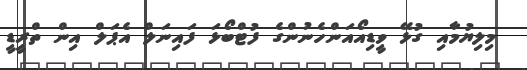
މިލިޔުމާއި ގުޅޭ ވީޑިއޯއަންހެނުންގެ ފުޓްބޯޅަ ފައިނަލް އެޕަލް އިން ތްރީޑީ